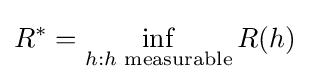
R^{*}=\inf \limits _{h:h{\text{ measurable}}}R(h)